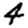
Digit: 4